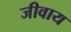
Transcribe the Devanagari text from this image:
जीवाय